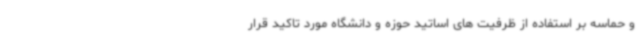
و حماسه بر استفاده از ظرفیت های اساتید حوزه و دانشگاه مورد تاکید قرار